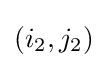
(i_{2},j_{2})